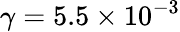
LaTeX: \gamma=5.5\times 10^{-3}